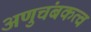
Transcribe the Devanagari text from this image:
अणुचंबकत्व